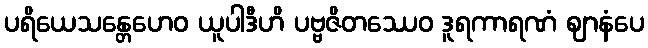
ပရိယေသန္တေဟေဝ ယူပါဒီဟိ ပဗ္ဗဇိတဿေဝ ဒူရကာရဏံ ဈာနံပေ